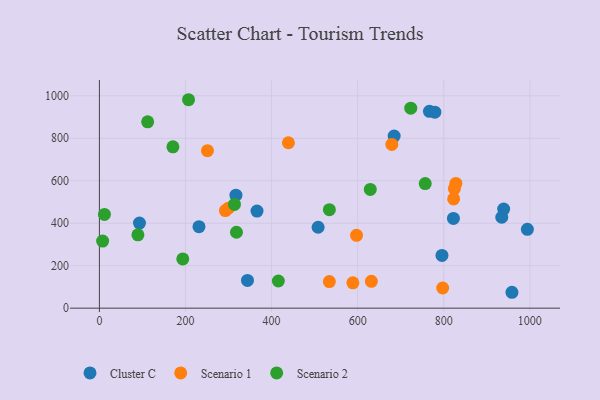
{"axis": {"x": "Distance", "y": "Demand"}, "legend": ["Cluster C", "Scenario 1", "Scenario 2"], "data": [{"x": "822.4", "y": 422.4, "type": "Cluster C"}, {"x": "508.1", "y": 381.1, "type": "Cluster C"}, {"x": "766.7", "y": 927.2, "type": "Cluster C"}, {"x": "231.3", "y": 383.9, "type": "Cluster C"}, {"x": "939.1", "y": 466.8, "type": "Cluster C"}, {"x": "684.7", "y": 810.3, "type": "Cluster C"}, {"x": "344.0", "y": 130.5, "type": "Cluster C"}, {"x": "994.2", "y": 371.3, "type": "Cluster C"}, {"x": "93.1", "y": 400.8, "type": "Cluster C"}, {"x": "795.8", "y": 248.4, "type": "Cluster C"}, {"x": "366.1", "y": 457.1, "type": "Cluster C"}, {"x": "958.4", "y": 74.8, "type": "Cluster C"}, {"x": "934.7", "y": 428.2, "type": "Cluster C"}, {"x": "779.3", "y": 923.0, "type": "Cluster C"}, {"x": "317.2", "y": 532.3, "type": "Cluster C"}, {"x": "292.7", "y": 459.7, "type": "Scenario 1"}, {"x": "588.8", "y": 119.5, "type": "Scenario 1"}, {"x": "534.2", "y": 125.4, "type": "Scenario 1"}, {"x": "824.6", "y": 562.7, "type": "Scenario 1"}, {"x": "679.3", "y": 771.1, "type": "Scenario 1"}, {"x": "828.1", "y": 587.2, "type": "Scenario 1"}, {"x": "822.9", "y": 514.4, "type": "Scenario 1"}, {"x": "597.3", "y": 343.1, "type": "Scenario 1"}, {"x": "251.0", "y": 741.8, "type": "Scenario 1"}, {"x": "631.8", "y": 126.4, "type": "Scenario 1"}, {"x": "299.7", "y": 470.7, "type": "Scenario 1"}, {"x": "797.4", "y": 95.0, "type": "Scenario 1"}, {"x": "439.1", "y": 779.0, "type": "Scenario 1"}, {"x": "756.9", "y": 586.6, "type": "Scenario 2"}, {"x": "89.5", "y": 345.4, "type": "Scenario 2"}, {"x": "7.5", "y": 315.7, "type": "Scenario 2"}, {"x": "723.3", "y": 941.9, "type": "Scenario 2"}, {"x": "318.4", "y": 357.5, "type": "Scenario 2"}, {"x": "207.1", "y": 981.6, "type": "Scenario 2"}, {"x": "112.1", "y": 877.7, "type": "Scenario 2"}, {"x": "629.3", "y": 559.1, "type": "Scenario 2"}, {"x": "534.2", "y": 464.0, "type": "Scenario 2"}, {"x": "313.8", "y": 488.5, "type": "Scenario 2"}, {"x": "11.7", "y": 441.4, "type": "Scenario 2"}, {"x": "193.7", "y": 231.9, "type": "Scenario 2"}, {"x": "170.8", "y": 760.0, "type": "Scenario 2"}, {"x": "415.7", "y": 127.9, "type": "Scenario 2"}]}